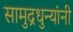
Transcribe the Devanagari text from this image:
सामुद्रधुन्यांनी